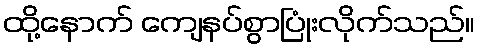
ထို့နောက် ကျေနပ်စွာပြုံးလိုက်သည်။